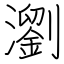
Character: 瀏